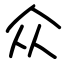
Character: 众